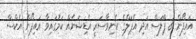
އައިފޯން 8 ޕްލަސް އަދި އެޕަލްގެ އެނިވާސަރީ އެޑިޝަނެއް ކަމުގައިވާ އައިފޯން އެކްސް